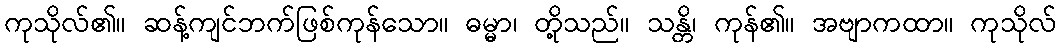
ကုသိုလ်၏။ ဆန့်ကျင်ဘက်ဖြစ်ကုန်သော။ ဓမ္မာ၊ တို့သည်။ သန္တိ၊ ကုန်၏။ အဗျာကထာ။ ကုသိုလ်